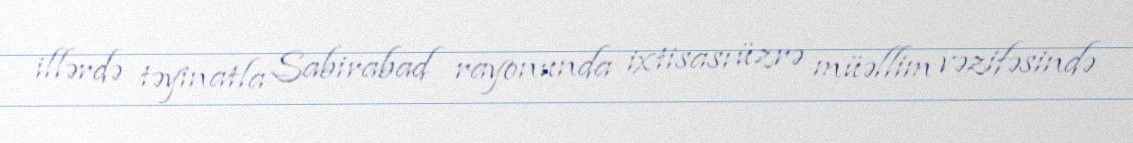
illərdə təyinatla Sabirabad rayonunda ixtisası üzrə müəllim vəzifəsində